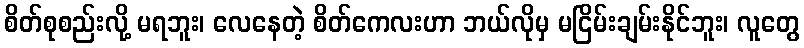
စိတ်စုစည်းလို့ မရဘူး၊ လေနေတဲ့ စိတ်ကေလးဟာ ဘယ်လိုမှ မငြိမ်းချမ်းနိုင်ဘူး၊ လူတွေ